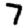
Digit: 7